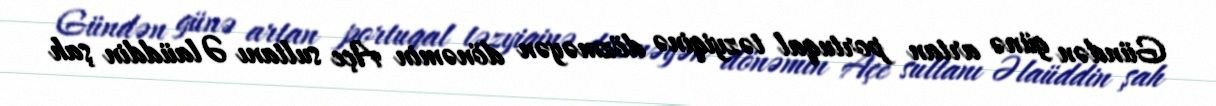
Gündən günə artan portuqal təzyiqinə dözməyən dönəmin Açe sultanı Əlaüddin şah